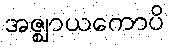
အဇ္ဈာယကောပိ